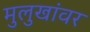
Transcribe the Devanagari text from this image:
मुलुखांवर